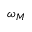
\omega _ { M }